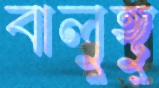
বালুঙ্গু